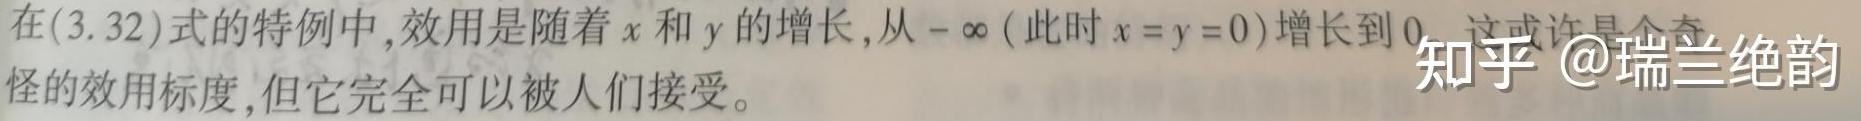
在(3.32)式的特例中,效用是随着$x$和$y$的增长,从$-\infty$(此时$x = y = 0$)增长到$0$.这或许是个奇怪的效用标度,但它完全可以被人们接受。